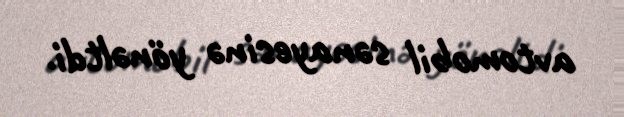
avtomobil sənayesinə yönəltdi.